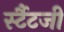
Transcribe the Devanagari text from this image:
र्स्टैटजी